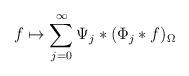
LaTeX: \begin{align*} f\mapsto\sum_{j=0}^\infty\Psi_j\ast(\Phi_j\ast f)_\Omega\end{align*}